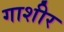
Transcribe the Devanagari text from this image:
गाशीर